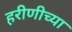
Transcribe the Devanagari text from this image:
हरीणीच्या